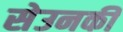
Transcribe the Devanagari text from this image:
सेउनकी